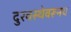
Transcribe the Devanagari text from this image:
दुरवस्थेवरूनच